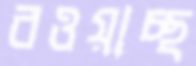
বওয়াচ্ছ